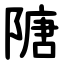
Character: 䧜